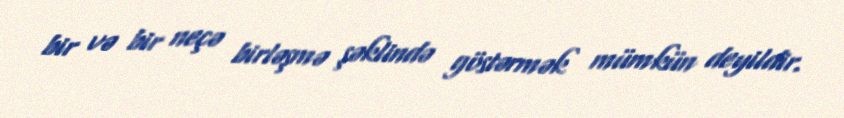
bir və bir neçə birləşmə şəklində göstərmək mümkün deyildir.